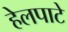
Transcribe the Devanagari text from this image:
हेलपाटे